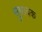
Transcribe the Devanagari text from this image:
सुश्रावक